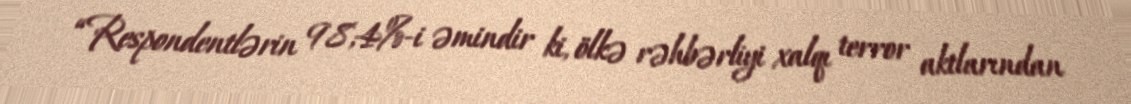
“Respondentlərin 98,4%-i əmindir ki, ölkə rəhbərliyi xalqı terror aktlarından